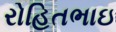
રોહિતભાઇ